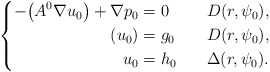
\begin{align*}\left \{\aligned - \big(A^0\nabla u_0\big) +\nabla p_0&= 0&\quad& D(r,\psi_0), \\ (u_0) &= g_0&& D(r,\psi_0),\\ u_0&= h_0 && \Delta(r,\psi_0).\endaligned\right.\end{align*}